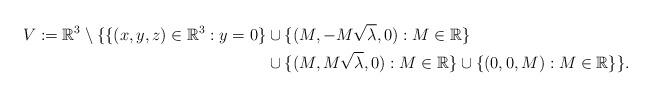
LaTeX: \begin{align*}V:=\mathbb{R}^{3}\setminus\{\{(x,y,z)\in\mathbb{R}^{3}: y = 0\} & \cup\{(M,- M\sqrt{\lambda},0):M\in\mathbb{R}\}\\&\cup\{(M,M\sqrt{\lambda},0):M\in\mathbb{R}\}\cup \{(0,0,M):M\in\mathbb{R}\}\}.\end{align*}